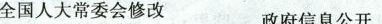
全国人大常委会修改政府信息公开